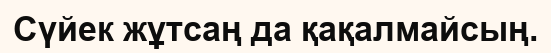
Сүйек жұтсаң да қақалмайсың.